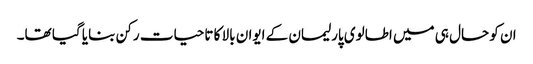
ان کو حال ہی میں اطالوی پارلیمان کے ایوان بالا کا تاحیات رکن بنایا گیا تھا۔